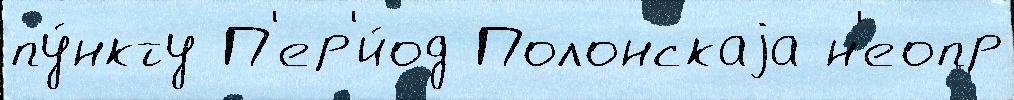
пу́нкту П'ер'и́од Полонскаjа н'еопр